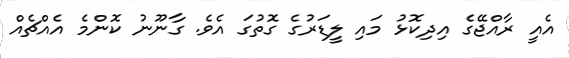
އެއީ ރާއްޖޭގެ އިދިކޮޅު މައި ލީޑަރުގެ ގޮތުގަ އެވެ. ގާނޫނު ކޮންމެ އެއްޗެއް